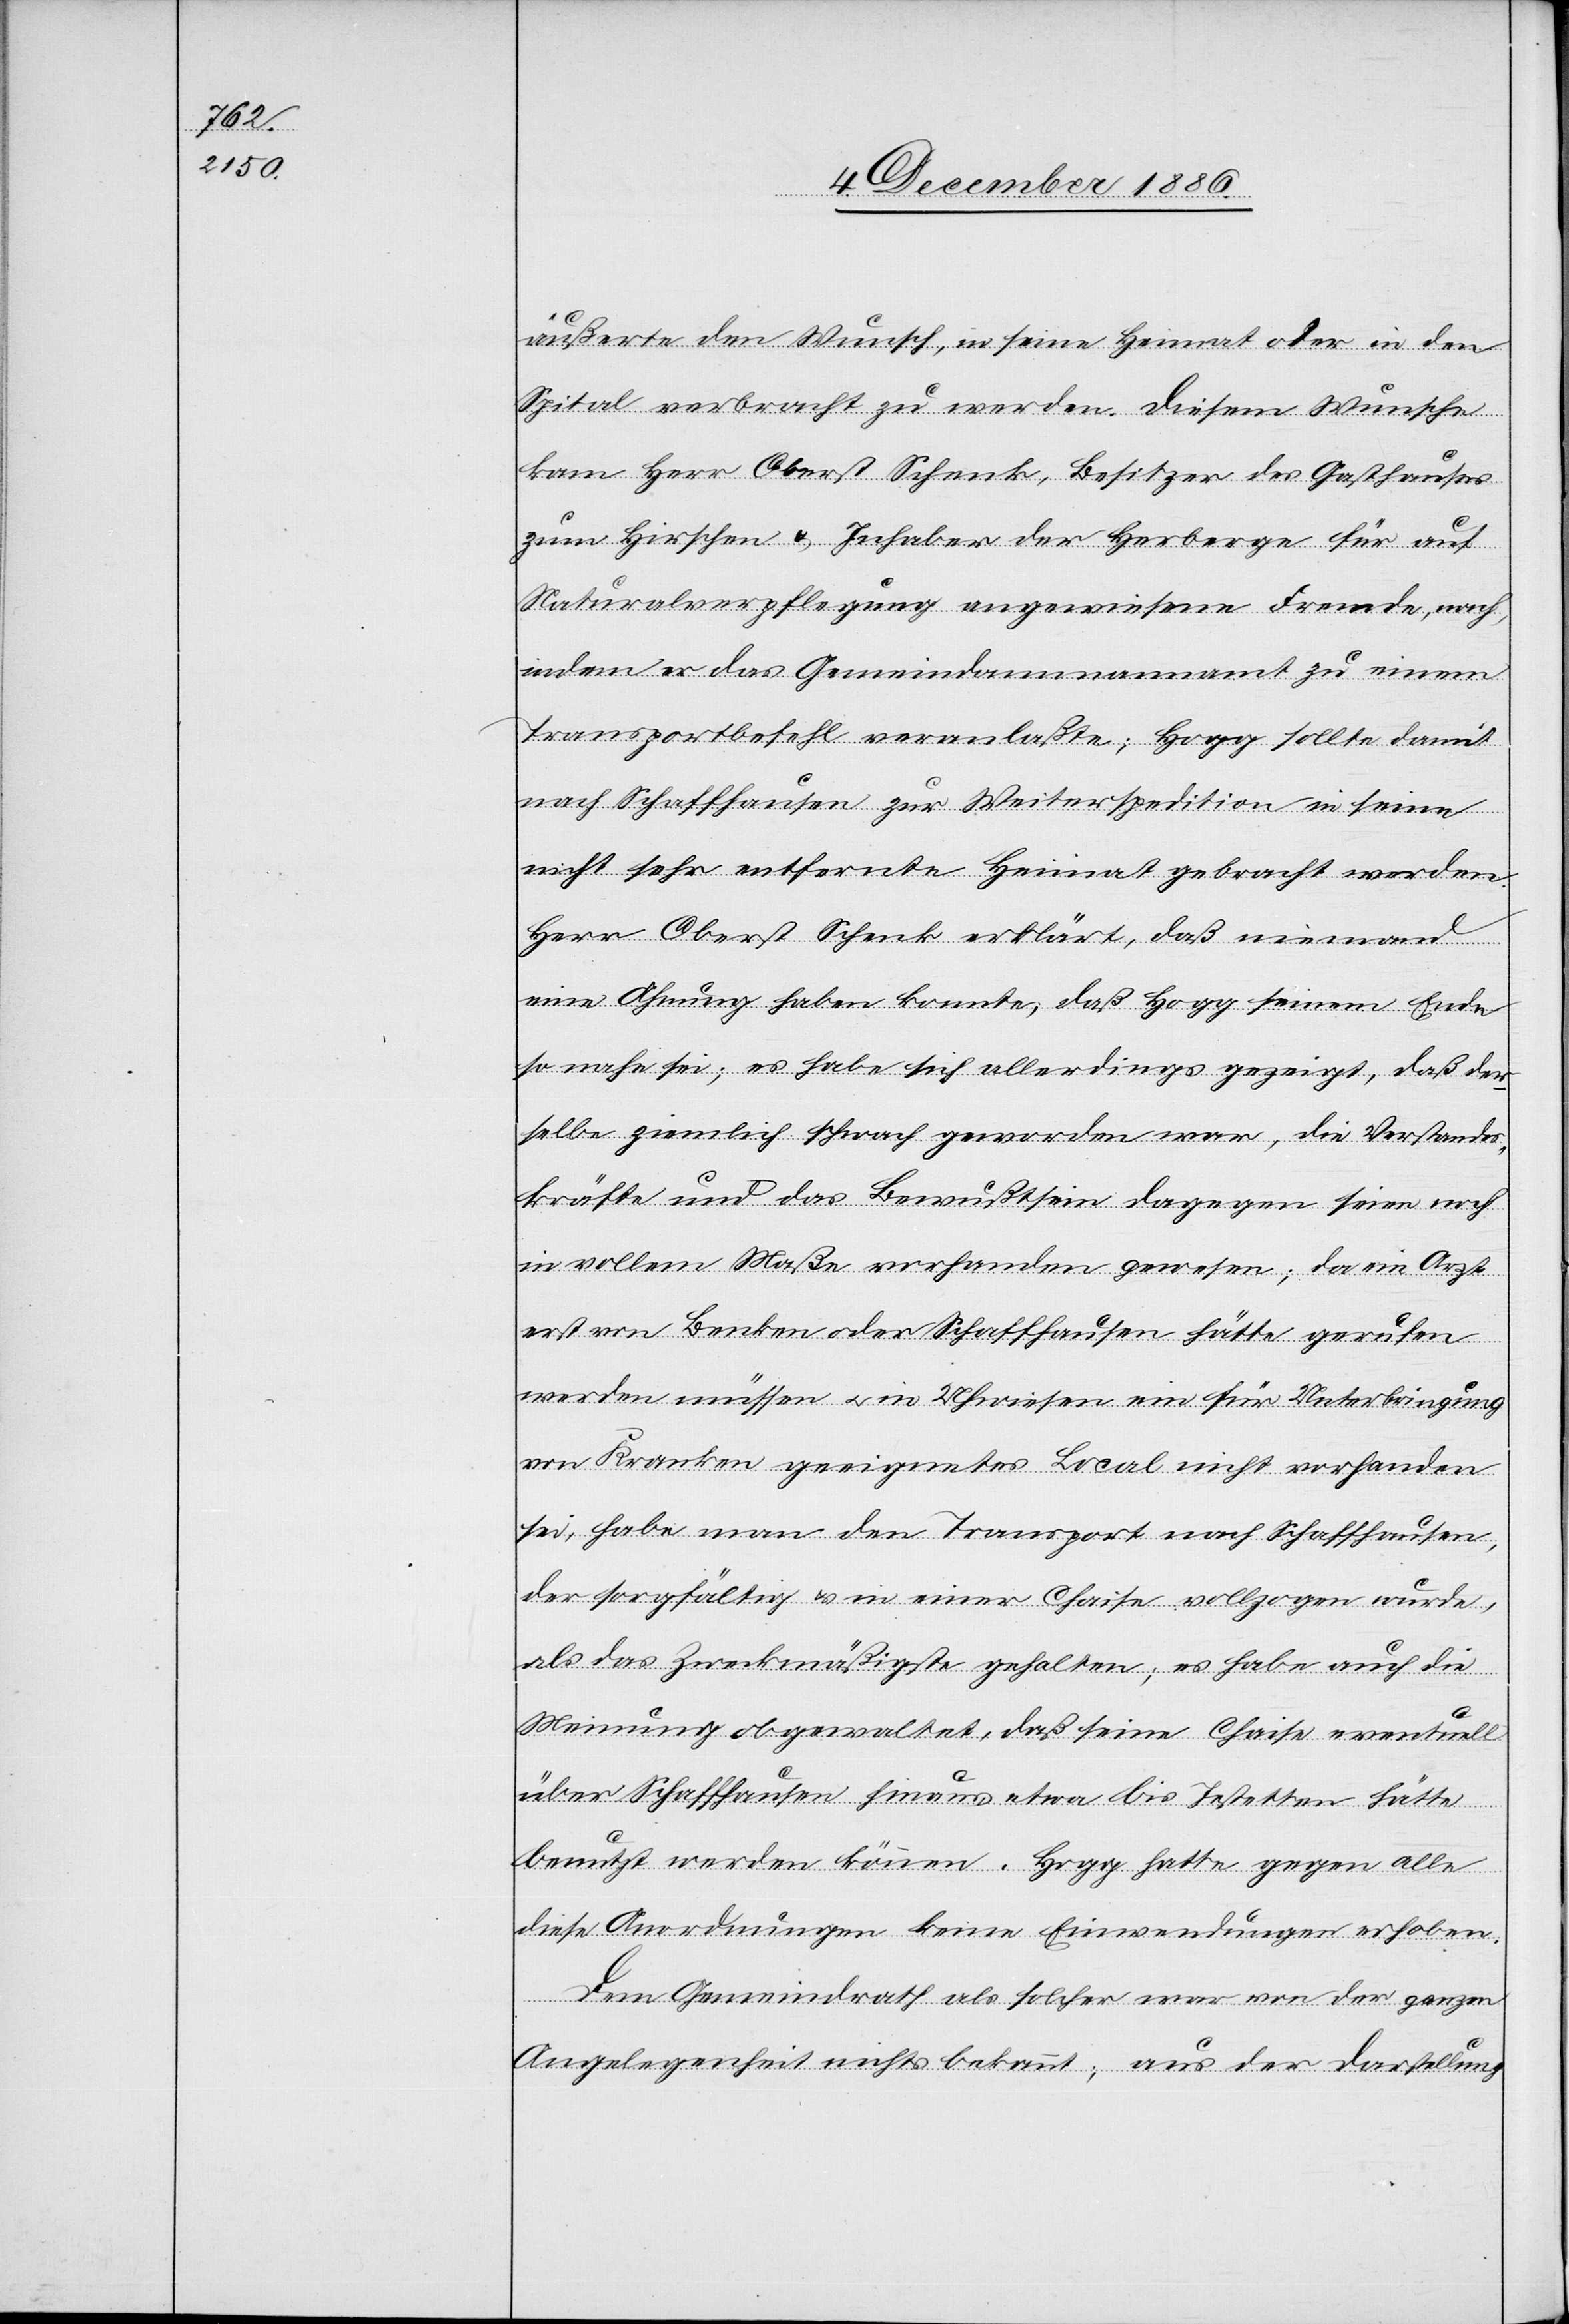
äußerte den Wunsch, in seine Heimat oder in den
Spital verbracht zu werden. Diesem Wunsche
kam Herr Oberst Schenk, Besitzer des Gasthauses
zum Hirschen & Inhaber der Herberge für auf
Naturalverpflegung angewiesene Fremde, nach,
indem er das Gemeindammannamt zu einem
Transportbefehl veranlaßte; Hogg sollte damit
nach Schaffhausen zur Weiterspedition in seine
nicht sehr entfernte Heimat gebracht werden.
Herr Oberst Schenk erklärt, daß niemand
eine Ahnung haben konnte, daß Hogg seinem Ende
so nahe sei; es habe sich allerdings gezeigt, daß der¬
selbe ziemlich schwach geworden war, die Verstandes¬
kräfte und das Bewußtsein dagegen seien noch
in vollem Maße vorhanden gewesen; da ein Arzt
erst von Benken oder Schaffhausen hätte gerufen
werden müssen & in Uhwiesen ein für Unterbringung
von Kranken geeignetes Local nicht vorhanden
sei, habe man den Transport nach Schaffhausen,
der sorgfältig & in einer Chaise vollzogen wurde,
als das Zweckmäßigste gehalten; es habe auch die
Meinung obgewaltet, daß seine Chaise eventuell
über Schaffhausen hinaus etwa bis Jestetten hätte
benutzt werden können. Hogg hatte gegen alle
diese Anordnungen keine Einwenungen erhoben.
Dem Gemeindrath als solcher war von der ganzen
Angelegenheit nichts bekannt; aus der Darstellung